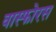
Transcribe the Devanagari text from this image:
वास्फोरस